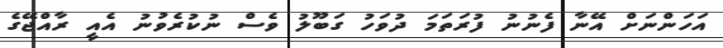
އަހަންނަށް އޭނާ ފެނުނު ފުރަތަމަ ދުވަހު ގަބޫލު ވެސް ނުކުރެވުނު އެއީ ރާއްޖޭގެ